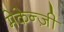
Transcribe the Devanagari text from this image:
मेकेन्ज़ी